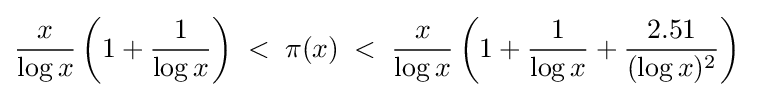
{\frac {x}{\log x}}\left(1+{\frac {1}{\log x}}\right)\;<\;\pi (x)\;<\;{\frac {x}{\log x}}\left(1+{\frac {1}{\log x}}+{\frac {2.51}{(\log x)^{2}}}\right)\;